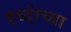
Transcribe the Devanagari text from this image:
श्ब्दांच्या